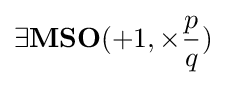
\exists \mathbf {MSO} (+1,\times {\frac {p}{q}})